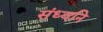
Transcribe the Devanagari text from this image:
संध्वनि